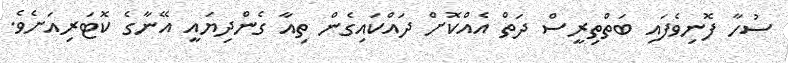
ސުހާ ފޮނިވެފައި ބަތްތިރީސް ދަތް އެއްކޮށް ދައްކައިގެން ތިއާ ގެންދިޔައީ އޭނާގެ ކޮޓަރިއަށެވެ.